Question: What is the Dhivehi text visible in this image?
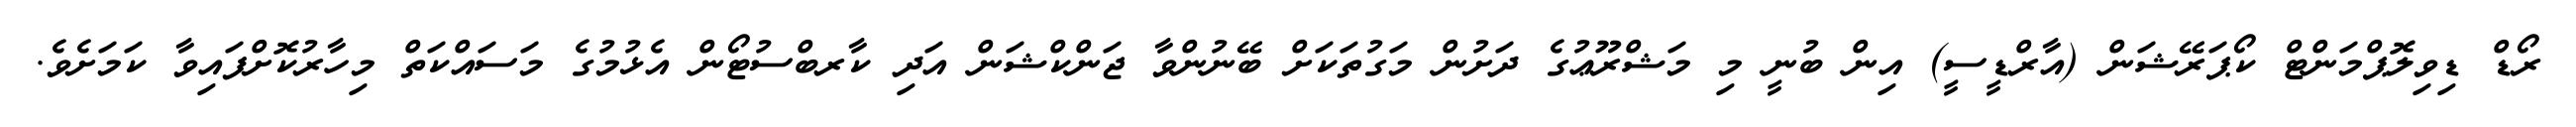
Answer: ރޯޑް ޑިވިލޮޕްމަންޓް ކޯޕަރޭޝަން (އާރްޑީސީ) އިން ބުނީ މި މަޝްރޫޢުގެ ދަށުން މަގުތަކަށް ބޭނުންވާ ޖަންކްޝަން އަދި ކާރބްސުޓޯން އެޅުމުގެ މަސައްކަތް މިހާރުކޮށްފައިވާ ކަމަށެވެ.